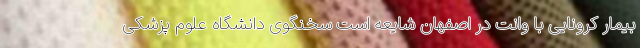
بیمار کرونایی با وانت در اصفهان شایعه است سخنگوی دانشگاه علوم پزشکی